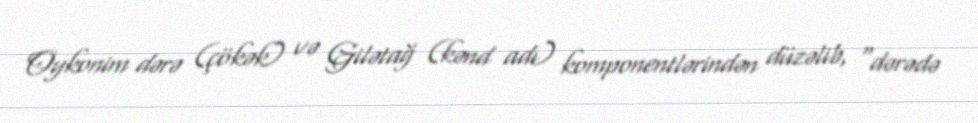
Oykonim dərə (çökək) və Gilətağ (kənd adı) komponentlərindən düzəlib, "dərədə